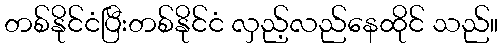
တစ်နိုင်ငံပြီးတစ်နိုင်ငံ လှည့်လည်နေထိုင် သည်။